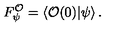
F _ { \psi } ^ { \mathcal { O } } = \left\langle \mathcal { O } ( 0 ) | \psi \right\rangle .